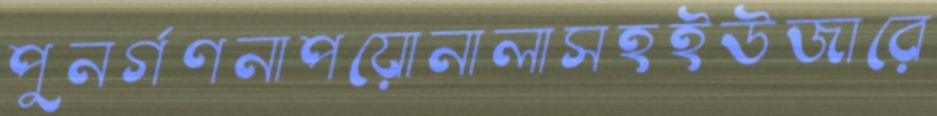
পুনর্গণনাপয়োনালাসহইউজারে